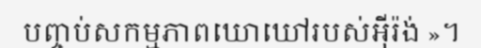
បញ្ចប់សកម្មភាពឃោឃៅរបស់អ៊ីរ៉ង់ »។